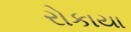
રોકાયા